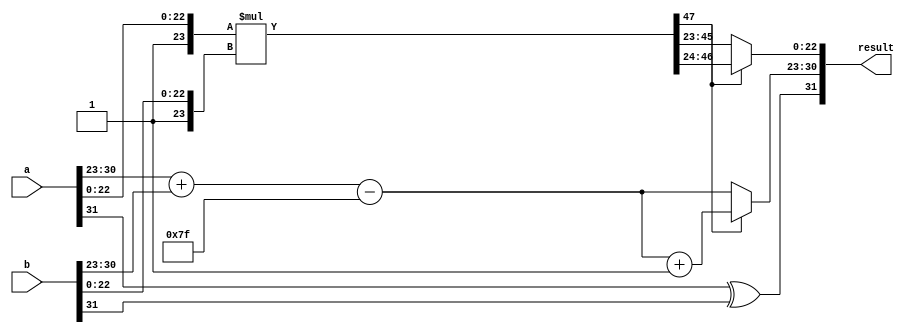
module float32_multiplication (
    input  [31:0] a,      // Input float a
    input  [31:0] b,      // Input float b
    output [31:0] result
);  // Output float result
    // Separate sign, exponent, and mantissa
    wire        sign_a = a[31];
    wire        sign_b = b[31];
    wire [ 7:0] exp_a = a[30:23];
    wire [ 7:0] exp_b = b[30:23];
    wire [23:0] mant_a = {1'b1, a[22:0]};
    wire [23:0] mant_b = {1'b1, b[22:0]};

    // Calculate sign of the result
    wire        sign_res = sign_a ^ sign_b;

    // Calculate exponent of the result
    wire [ 8:0] exp_res = exp_a + exp_b - 8'd127;

    // Calculate mantissa of the result
    wire [47:0] mant_res = mant_a * mant_b;

    // Normalize the result
    wire [ 7:0] final_exp = mant_res[47] ? (exp_res + 8'd1) : exp_res;
    wire [22:0] final_mant = mant_res[47] ? mant_res[46:24] : mant_res[45:23];

    // Assemble the result
    assign result = {sign_res, final_exp[7:0], final_mant[22:0]};
endmodule